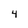
Character: 4